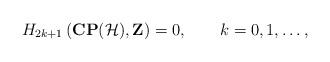
LaTeX: \begin{align*}H_{2k+1}\left({\bf CP}({\cal H}), {\bf Z}\right)=0,\qquad k=0,1,\ldots,\end{align*}